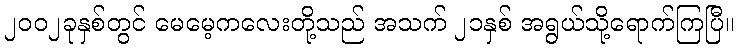
၂၀၀၂ခုနှစ်တွင် မေမေ့ကလေးတို့သည် အသက် ၂၁နှစ် အရွယ်သို့ရောက်ကြပြီ။